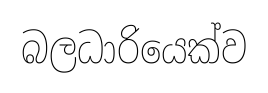
බලධාරියෙක්ව